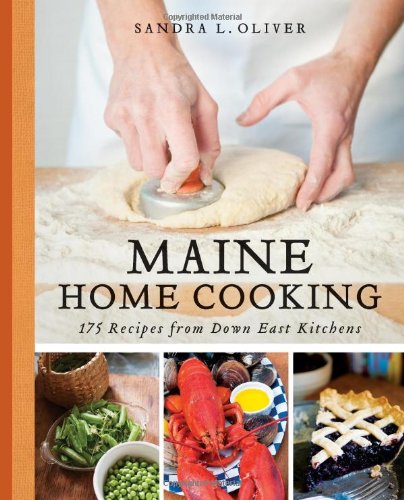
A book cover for Maine Home Cooking: 175 Recipes from Down East Kitchens; Sandra Oliver; Cookbooks, Food & Wine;